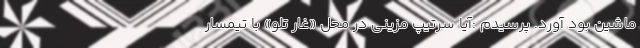
ماشین بود آورد. پرسیدم :آیا سرتیپ مزینی در محل «غار تلو» با تیمسار